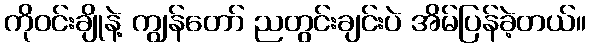
ကိုဝင်းချိုနဲ့ ကျွန်တော် ညတွင်းချင်းပဲ အိမ်ပြန်ခဲ့တယ်။